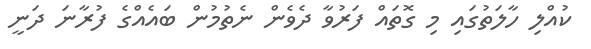
ކުއްލި ހާލަތުގައި މި ގޮތައް ފަރުވާ ދެވެން ނެތުމުން ބައެއްގެ ފުރާނަ ދަނީ